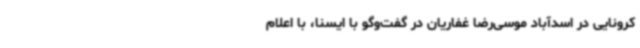
کرونایی در اسدآباد موسی‌رضا غفاریان در گفت‌وگو با ایسنا، با اعلام